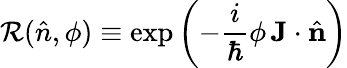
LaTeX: \mathcal{R}({\hat{{n}}},\phi)\equiv\exp\left(-{\frac{{i}}{{\hbar}}}\phi\, \mathbf{{J}}\cdot{\hat{{\mathbf{{n}}}}}\right)